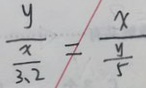
\frac { y } { \frac { x } { 3 . 2 } } = \frac { x } { \frac { y } { 5 } }